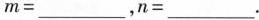
m=___，n=___.